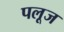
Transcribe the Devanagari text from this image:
पलूज